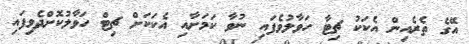
އޭގެ ތެރެއިން އެކަކު ޗިޓާ ހަވާލުވެފައި ނުވާ ކަމަށާއި އެކަކަށް ޗިޓް ހަވާލުކޮށްދެވިފައި